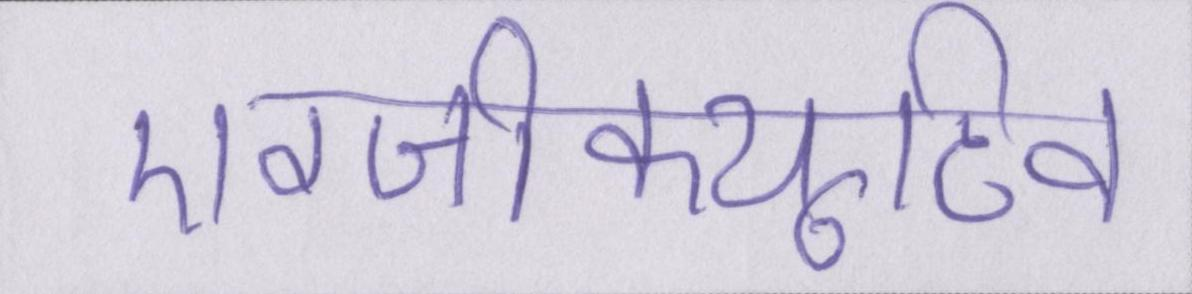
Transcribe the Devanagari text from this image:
एग्जीक्यूटिव